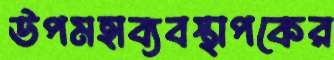
উপমহাব্যবস্থাপকের